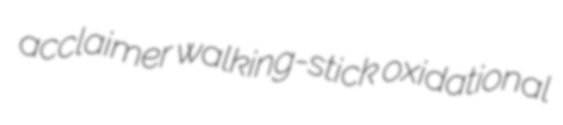
acclaimer walking-stick oxidational